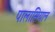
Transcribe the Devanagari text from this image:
पालासियान